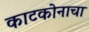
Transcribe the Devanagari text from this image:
काटकोनाचा